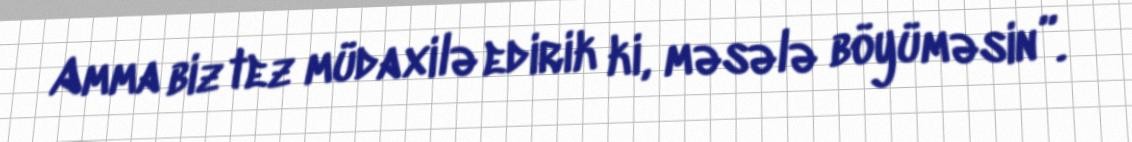
Amma biz tez müdaxilə edirik ki, məsələ böyüməsin”.